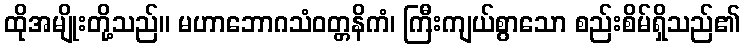
ထိုအမျိုးတို့သည်။ မဟာဘောဂသံဝတ္တနိကံ၊ ကြီးကျယ်စွာသော စည်းစိမ်ရှိသည်၏